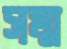
সম্ম